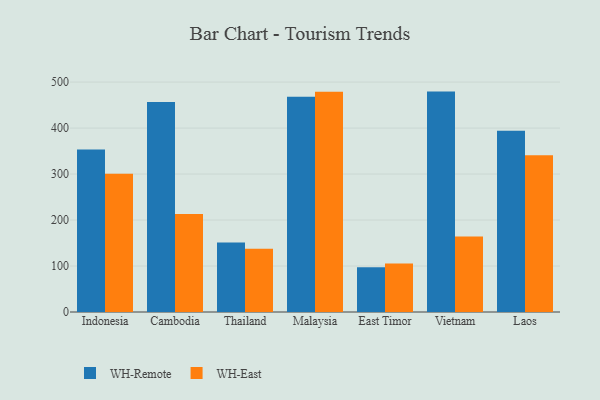
{"axis": {"x": "Country", "y": "Operating Costs (USD K)"}, "legend": ["WH-East", "WH-Remote"], "data": [{"x": "Indonesia", "y": 353.6, "type": "WH-Remote"}, {"x": "Indonesia", "y": 300.7, "type": "WH-East"}, {"x": "Cambodia", "y": 456.5, "type": "WH-Remote"}, {"x": "Cambodia", "y": 213.1, "type": "WH-East"}, {"x": "Thailand", "y": 151.4, "type": "WH-Remote"}, {"x": "Thailand", "y": 137.4, "type": "WH-East"}, {"x": "Malaysia", "y": 468.2, "type": "WH-Remote"}, {"x": "Malaysia", "y": 478.9, "type": "WH-East"}, {"x": "East Timor", "y": 97.1, "type": "WH-Remote"}, {"x": "East Timor", "y": 105.7, "type": "WH-East"}, {"x": "Vietnam", "y": 479.3, "type": "WH-Remote"}, {"x": "Vietnam", "y": 164.4, "type": "WH-East"}, {"x": "Laos", "y": 394.3, "type": "WH-Remote"}, {"x": "Laos", "y": 341.0, "type": "WH-East"}]}